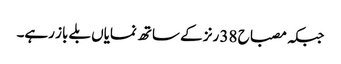
جبکہ مصباح 38 رنز کے ساتھ نمایاں بلے باز رہے۔